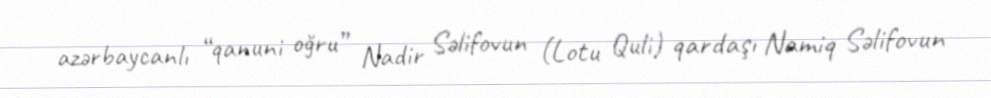
azərbaycanlı “qanuni oğru” Nadir Səlifovun (Lotu Quli) qardaşı Namiq Səlifovun